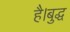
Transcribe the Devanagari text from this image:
है।बुद्ध